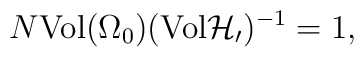
N\mbox{Vol}(\Omega_0)(\mbox{Vol} {\cal H_0})^{-1} = 1,